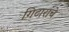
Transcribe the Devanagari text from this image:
गिटारांचे